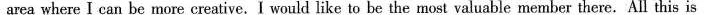
area where I can be more creative.I would like to be the most valuable member there. All this is